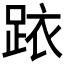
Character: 𲃠